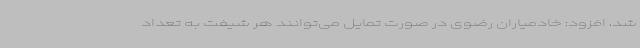
شد، افزود: خادمیاران رضوی در صورت تمایل می‌توانند هر شیفت به تعداد